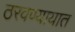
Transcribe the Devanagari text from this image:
ठरवण्यायात